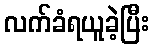
လက်ခံရယူခဲ့ပြီး